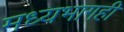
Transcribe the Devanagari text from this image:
मध्यभागही